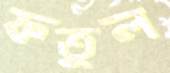
ফতুল